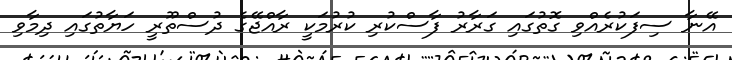
އޭނާ ސިފަކުރެއްވި ގޮތުގައި ގަރާރު ފާސްކުރި ކުރުމަކީ ރާއްޖޭގެ ދުސްތޫރީ ހަޔާތުގައި ދިމާވި